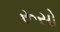
રૂસો